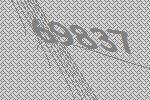
69837